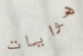
هوايات